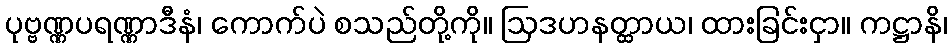
ပုဗ္ဗဏ္ဏပရဏ္ဏာဒီနံ၊ ကောက်ပဲ စသည်တို့ကို။ ဩဒဟနတ္ထာယ၊ ထားခြင်းငှာ။ ကဋ္ဌာနိ၊